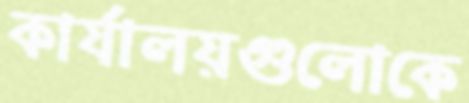
কার্যালয়গুলোকে